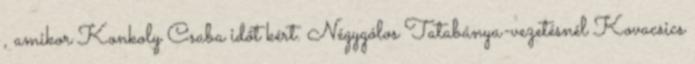
, amikor Konkoly Csaba időt kért. Négygólos Tatabánya-vezetésnél Kovacsics